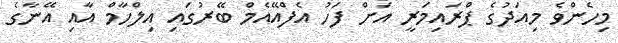
މިހެންވެ މިއަދުގެ ޕްރައިމަރީ އަށް ފަހު އެފްއޭއެމް ބޭރުގައި އިލްހާމް އާއި އޭނާގެ